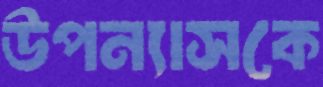
উপন্যাসকে